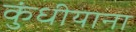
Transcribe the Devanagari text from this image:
कुंधीयाना